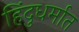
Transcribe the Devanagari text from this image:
हिंदुधर्मात